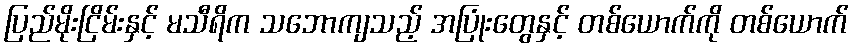
ပြည်မိုးငြိမ်းနှင့် မသီရိက သဘောကျသည့် အပြုံးတွေနှင့် တစ်ယောက်ကို တစ်ယောက်